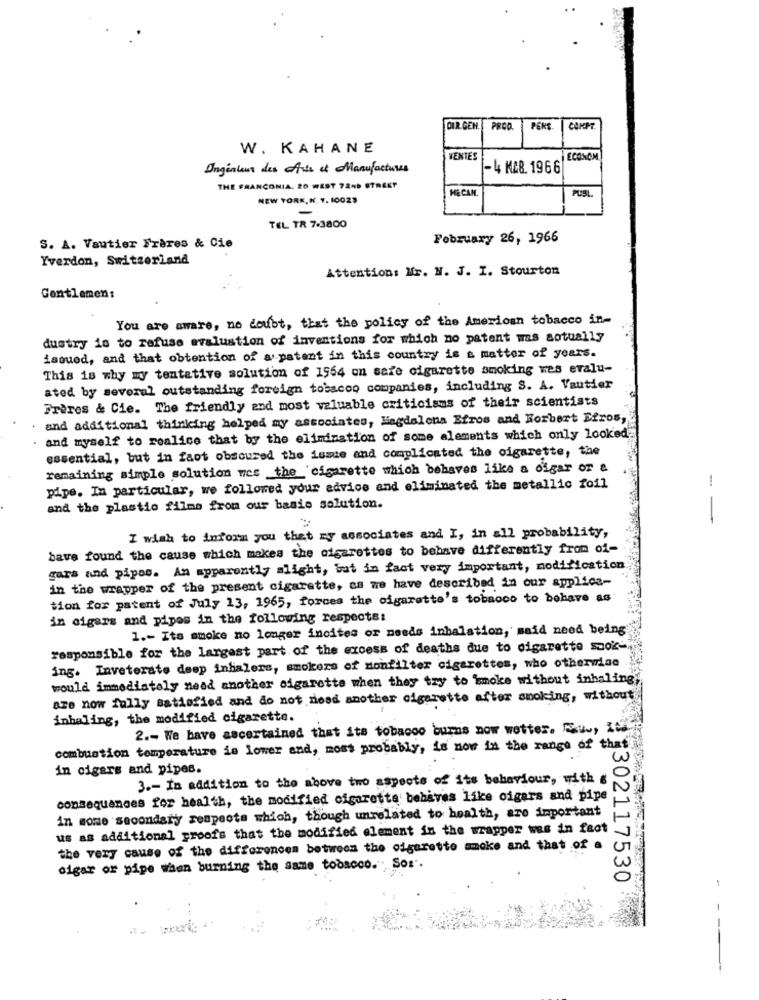
DIR GEH.
PROD
PERS
COMPT
W. KAHANE
VENTES
ECONOM
Ingénieur des Arts et Manufactures
-4 KAB. 1966
THE FRANCONIA. 20 WEST 7240 STREET
HE CAN.
PUSL
NEW YORK, N. Y. 10029
-
TEL TR 7-3800
February 26, 1966
S. A. Vautier Frères & Cie
Yverdon, Switzerland
Attention: Mr. N. J. I. Stourton
Gentlemen:
You are aware, no doubt, that the policy of the American tobacco in-
dustry is to refuse evaluation of inventions for which no patent was sotually
issued, and that obtention of a patent in this country is a matter of years.
This is why my tentative solution of 1964 on sare cigarette smoking ves evalu-
ated by several outstanding foreign tobacco companies, including S. A. Vautier
Frères & Cie. The friendly and most valuable criticisms of their scientists
and additional thinking helped my associates, Magdalena Efros and Norbert Efros,
. and myself to realice that by the elimination of some alements which only looked
essential, but in faot obscured the issue and complicated the cigarette, the
remaining simple solution ves the cigarette which behaves like a cigar or a
pipe. In particular, we followed your advice and eliminated the metallic foil
and the plastio filmo from our basio solution.
- -
I wish to inform you that my associates and I, in all probability,
bave found the cause which makes the cigarettes to behave differently from of-
gars and pipas. An apparently alight, but in fact very important, modification
in the wrapper of the present cigarette, as we have described in our applica-
tion for patent of July 13, 1965, forces the cigarette's tobacco to behave as
in cigars and pipes in the following respecte:
1 .- Its smoke no longer incites or needs inhalation, said need being
responsible for the largest part of the excess of deaths due to cigarette sook-
ing. Inveterate deep inhalers, smokeze of nonfilter cigarettes, who otherwise
would immediately need another cigarette when they try to smoke without inhaling,
are now fully satisfied and do not need another cigarette after smoking, without
inhaling, the modified cigarette.
2 .- We have ascertained that its tobacco burns now wetter. E, Its
combustion temperature is lower and, most probably, is now in the range of that
in cigers and pipes.
3 .- In addition to the above two aspects of its behaviour, with €
consequences for health, the modified cigaretta behaves like cigars and pipe
in some secondary respects which, though unrelated to health, are important
us as additional proofs that the modified element in the wrapper wes in fect
the very cause of the differences between the cigarette smoke and that of a
cigar or pipe when burning the same tobacco." Sor".
31302117530